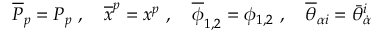
\overline { { P } } _ { p } = P _ { p } \ , \quad \overline { { x } } ^ { p } = x ^ { p } \ , \quad \overline { { \phi } } _ { 1 , 2 } = \phi _ { 1 , 2 } \ , \quad \overline { { \theta } } _ { \alpha i } = \bar { \theta } _ { \dot { \alpha } } ^ { i }